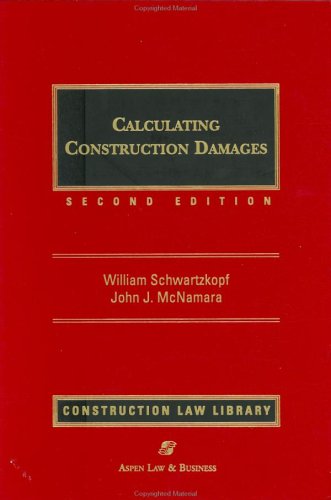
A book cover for Calculating Construction Damages; William Schwartzkopf; Law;